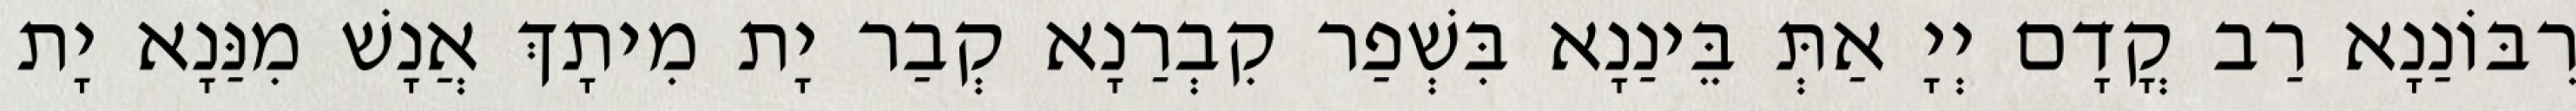
רִבּוֹנַנָא רַב קֳדָם יְיָ אַתְּ בֵּינַנָא בִּשְׁפַר קִבְרַנָא קְבַר יָת מִיתָךְ אֲנָשׁ מִנַּנָא יָת